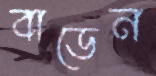
বাডেন